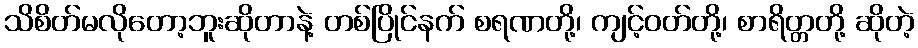
သိစိတ်မလိုတော့ဘူးဆိုတာနဲ့ တစ်ပြိုင်နက် စရဏတို့၊ ကျင့်ဝတ်တို့၊ စာရိတ္တတို့ ဆိုတဲ့